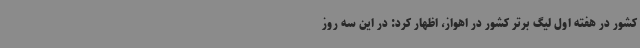
کشور در هفته اول لیگ برتر کشور در اهواز، اظهار کرد: در این سه روز